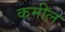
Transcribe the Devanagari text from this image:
कमील